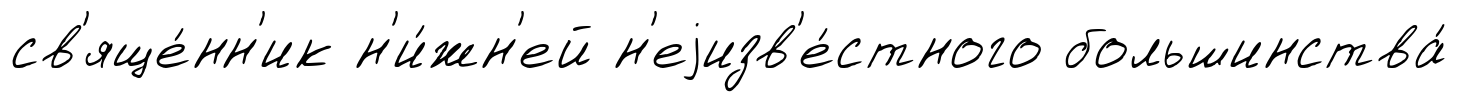
св'яще́нн'ик н'и́жн'ей н'еjизв'е́стного большинства́